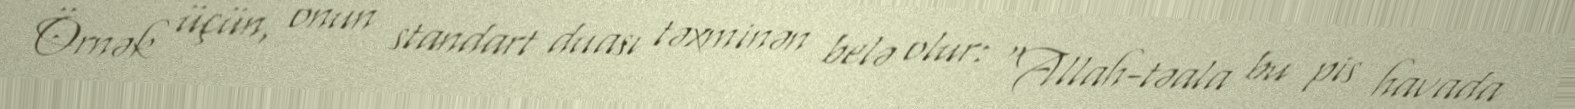
Örnək üçün, onun standart duası təxminən belə olur: “Allah-təala bu pis havada